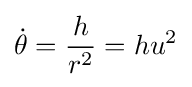
{\dot {\theta }}={\frac {h}{r^{2}}}=hu^{2}